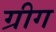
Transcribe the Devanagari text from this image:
ग्रीग